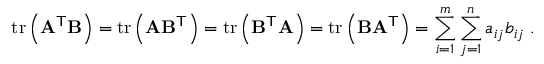
\operatorname { t r } \left( \mathbf { A } ^ { \mathsf { T } } \mathbf { B } \right) = \operatorname { t r } \left( \mathbf { A } \mathbf { B } ^ { \mathsf { T } } \right) = \operatorname { t r } \left( \mathbf { B } ^ { \mathsf { T } } \mathbf { A } \right) = \operatorname { t r } \left( \mathbf { B } \mathbf { A } ^ { \mathsf { T } } \right) = \sum _ { i = 1 } ^ { m } \sum _ { j = 1 } ^ { n } a _ { i j } b _ { i j } \; .